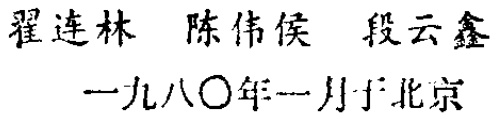
翟连林 陈伟侯 段云鑫\\

一九八\(\circ\)年一月于北京